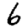
Digit: 6